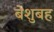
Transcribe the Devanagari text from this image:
बेशुबह